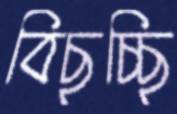
বিছচ্ছি